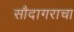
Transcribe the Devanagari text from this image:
सौदागराचा